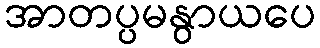
အာတပ္ပမနွာယပေ